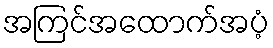
အကြင်အထောက်အပံ့